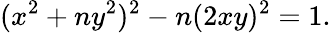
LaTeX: (x^{2}+ny^{2})^{2}-n(2xy)^{2}=1.